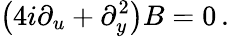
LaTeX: \left(4i\partial_{u}+\partial_{y}^{2}\right)B=0\, .